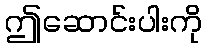
ဤဆောင်းပါးကို